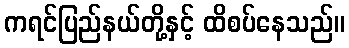
ကရင်ပြည်နယ်တို့နှင့် ထိစပ်နေသည်။